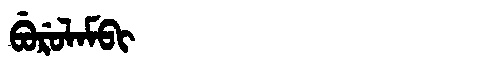
Manchu: ᠪᡠᡵᡠᠯᠠᠮᠪᡳ
Romanization: BURULAMBI